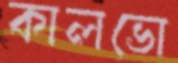
কালভো